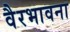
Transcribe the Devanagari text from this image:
वैरभावना